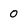
Character: 0